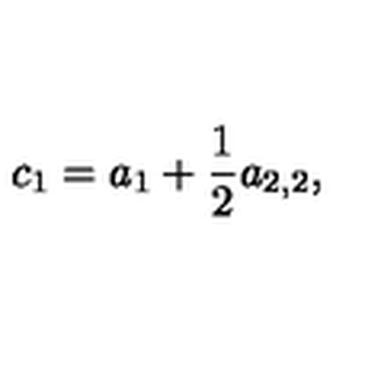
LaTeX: c _ { 1 } = a _ { 1 } + \frac 1 2 a _ { 2 , 2 } ,